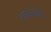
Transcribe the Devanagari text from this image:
व्यासादि